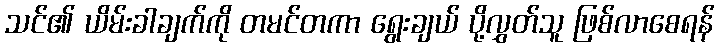
သင်၏ ယိမ်းခါချက်ကို တမင်တကာ ရွေးချယ် ပို့လွှတ်သူ ဖြစ်လာစေရန်